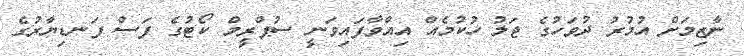
ނާޒިމަށް އުމުރު ދުވަހުގެ ޖަލު ހުކުމެއް އިއްވާފައިވަނީ ސުޕްރީމް ކޯޓުގެ ފަސް ފަނޑިޔާރުގެ